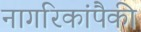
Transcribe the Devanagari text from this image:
नागरिकांपैकी